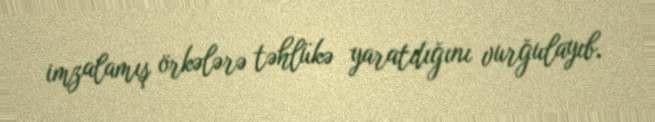
imzalamış örkələrə təhlükə yaratdığını vurğulayıb.